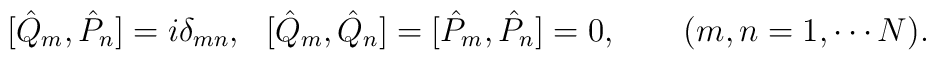
[\hat{Q}_m, \hat{P}_n]=i\delta _{mn}, \ \ [\hat{Q}_m, \hat{Q}_n]=[\hat{P}_m, \hat{P}_n]=0, \qquad (m,n=1,\cdots N).